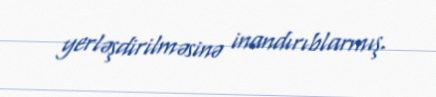
yerləşdirilməsinə inandırıblarmış.